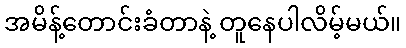
အမိန့်တောင်းခံတာနဲ့ တူနေပါလိမ့်မယ်။